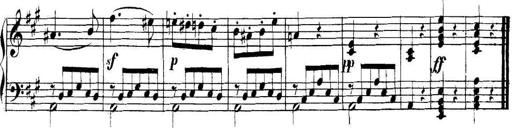
Title: Collected Piano Sonatas
Composer: Muzio Clementi